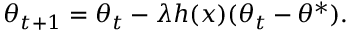
\theta _ { t + 1 } = \theta _ { t } - \lambda h ( x ) ( \theta _ { t } - \theta ^ { * } ) .